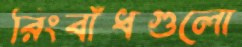
রিংবাঁধগুলো